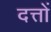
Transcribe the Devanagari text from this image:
दत्तों